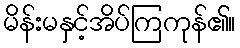
မိန်းမနှင့်အိပ်ကြကုန်၏။